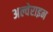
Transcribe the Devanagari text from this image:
अल्वेराइन